Scottish Certificate of Education, 1963
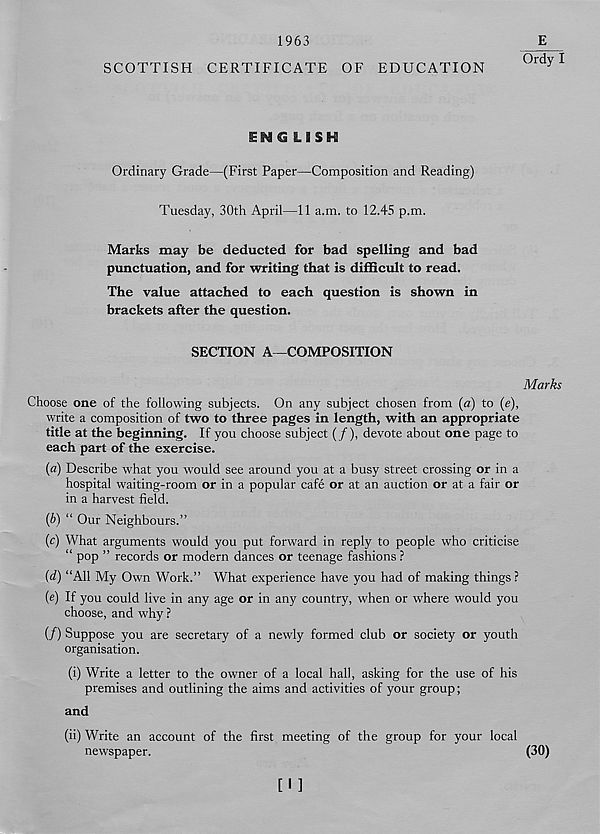
1963
E
Ordy I
SCOTTISH CERTIFICATE OF EDUCATION
ENG LISH
Ordinary Grade—(First Paper—Composition and Reading)
Tuesday, 30th April—11 a.m. to 12.45 p.m.
Marks may be deducted for bad spelling and bad
punctuation, and for writing that is difficult to read.
The value attached to each question is shown in
brackets after the question.
SECTION A—COMPOSITION
Marks
Choose one of the following subjects. On any subject chosen from (a) to (e),
write a composition of two to three pages in length, with an appropriate
title at the beginning. If you choose subject (/), devote about one page to
each part of the exercise.
(a) Describe what you would see around you at a busy street crossing or in a
hospital waiting-room or in a popular cafe or at an auction or at a fair or
in a harvest field.
{b) “ Our Neighbours.”
(c) What arguments would you put forward in reply to people who criticise
“ pop ” records or modern dances or teenage fashions ?
(d) “All My Own Work.” What experience have you had of making things ?
(e) If you could live in any age or in any country, when or where would you
choose, and why ?
(/) Suppose you are secretary of a newly formed club or society or youth
organisation.
(i) Write a letter to the owner of a local hall, asking for the use of his
premises and outlining the aims and activities of your group;
and
(ii) Write an account of the first meeting of the group for your local
newspaper.
(30)
[I ]